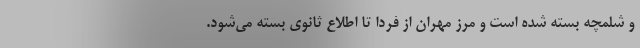
و شلمچه بسته شده است و مرز مهران از فردا تا اطلاع ثانوی بسته می‌شود.